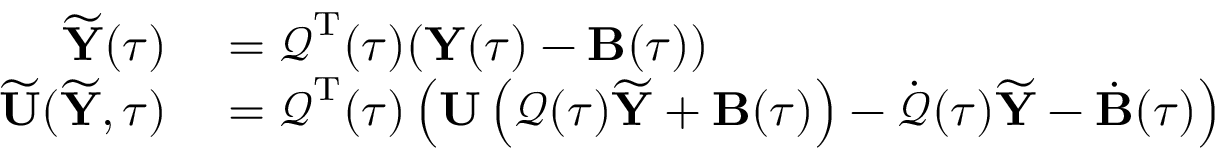
\begin{array} { r l } { \widetilde { { \mathbf Y } } ( \tau ) } & { { } = \boldsymbol { \mathcal Q } ^ { { \mathrm T } } ( \tau ) ( { \mathbf Y } ( \tau ) - { \mathbf B } ( \tau ) ) } \\ { \widetilde { { \mathbf U } } ( \widetilde { { \mathbf Y } } , \tau ) } & { { } = \boldsymbol { \mathcal Q } ^ { { \mathrm T } } ( \tau ) \left( { \mathbf U } \left( \boldsymbol { \mathcal Q } ( \tau ) \widetilde { { \mathbf Y } } + { \mathbf B } ( \tau ) \right) - \dot { \boldsymbol { \mathcal Q } } ( \tau ) \widetilde { { \mathbf Y } } - \dot { { \mathbf B } } ( \tau ) \right) } \end{array}